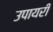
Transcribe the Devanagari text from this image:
उपायरी